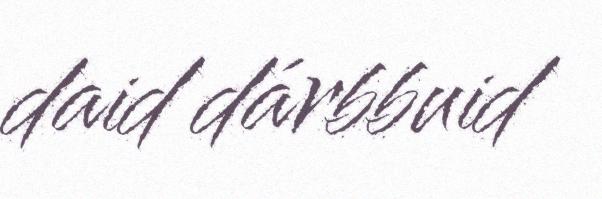
daid dárbbuid